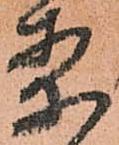
案